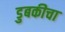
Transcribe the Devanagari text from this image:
डुबकीचा